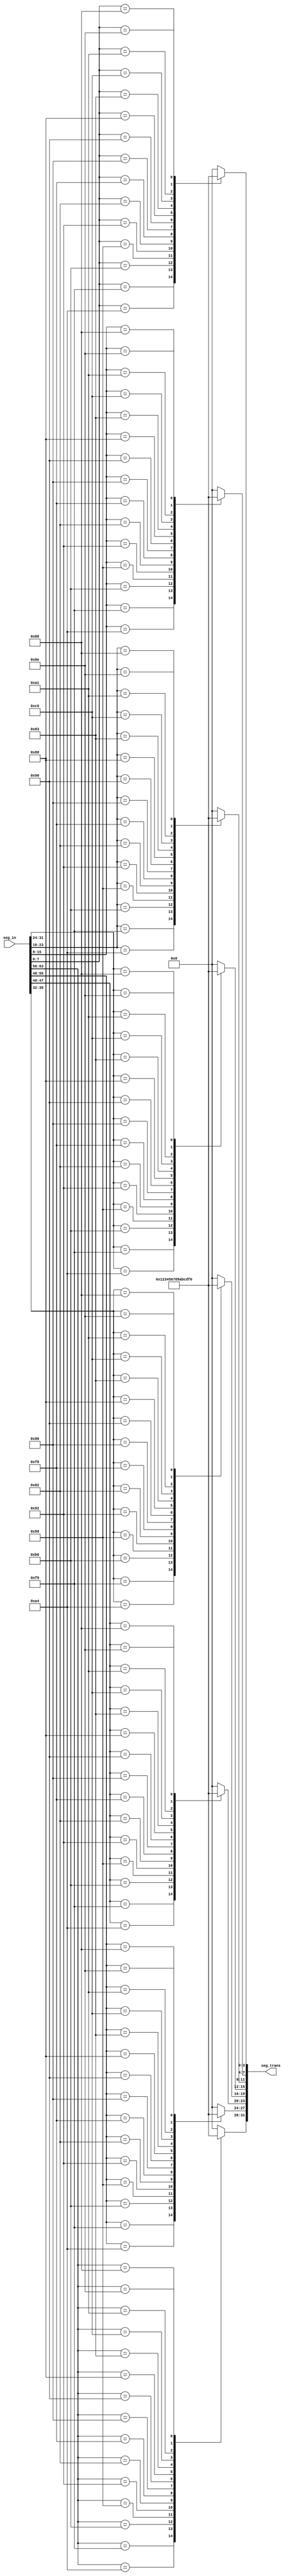
`timescale 1ns / 1ps

module segTrans(seg_in, seg_trans);
    input [63:0] seg_in;
    output [31:0] seg_trans;

    wire[7:0] seg_in1, seg_in2, seg_in3, seg_in4, seg_in5, seg_in6, seg_in7, seg_in8;
    reg[3:0] seg1 = 0, seg2 = 0, seg3 = 0, seg4 = 0, seg5 = 0, seg6 = 0, seg7 = 0, seg8 = 0;
    assign seg_in1 = seg_in[7:0];
    assign seg_in2 = seg_in[15:8];
    assign seg_in3 = seg_in[23:16];
    assign seg_in4 = seg_in[31:24];
    assign seg_in5 = seg_in[39:32];
    assign seg_in6 = seg_in[47:40];
    assign seg_in7 = seg_in[55:48];
    assign seg_in8 = seg_in[63:56];

    assign seg_trans = {seg8, seg7, seg6, seg5, seg4, seg3, seg2, seg1};
    always @* begin
        case(seg_in1)
            8'b11000000 : seg1 <= 4'b0000;   //  0
            8'b11111001 : seg1 <= 4'b0001;   //  1
            8'b10100100 : seg1 <= 4'b0010;   //  2
            8'b10110000 : seg1 <= 4'b0011;   //  3
            8'b10011001 : seg1 <= 4'b0100;   //  4
            8'b10010010 : seg1 <= 4'b0101;   //  5
            8'b10000010 : seg1 <= 4'b0110;   //  6
            8'b11111000 : seg1 <= 4'b0111;   //  7
            8'b10000000 : seg1 <= 4'b1000;   //  8
            8'b10010000 : seg1 <= 4'b1001;   //  9
            8'b10001000 : seg1 <= 4'b1010;   //  A
            8'b10000011 : seg1 <= 4'b1011;   //  b
            8'b11000110 : seg1 <= 4'b1100;   //  C
            8'b10100001 : seg1 <= 4'b1101;   //  d
            8'b10000110 : seg1 <= 4'b1110;   //  E
            8'b10001110 : seg1 <= 4'b1111;   //  F  
            default : seg1 <= 4'b0000;   //  0
        endcase
    end

    always @* begin
        case(seg_in2)
            8'b11000000 : seg2 <= 4'b0000;   //  0
            8'b11111001 : seg2 <= 4'b0001;   //  1
            8'b10100100 : seg2 <= 4'b0010;   //  2
            8'b10110000 : seg2 <= 4'b0011;   //  3
            8'b10011001 : seg2 <= 4'b0100;   //  4
            8'b10010010 : seg2 <= 4'b0101;   //  5
            8'b10000010 : seg2 <= 4'b0110;   //  6
            8'b11111000 : seg2 <= 4'b0111;   //  7
            8'b10000000 : seg2 <= 4'b1000;   //  8
            8'b10010000 : seg2 <= 4'b1001;   //  9
            8'b10001000 : seg2 <= 4'b1010;   //  A
            8'b10000011 : seg2 <= 4'b1011;   //  b
            8'b11000110 : seg2 <= 4'b1100;   //  C
            8'b10100001 : seg2 <= 4'b1101;   //  d
            8'b10000110 : seg2 <= 4'b1110;   //  E
            8'b10001110 : seg2 <= 4'b1111;   //  F  
            default : seg2 <= 4'b0000;
        endcase
    end
    always @* begin
        case(seg_in3)
            8'b11000000 : seg3 <= 4'b0000;   //  0
            8'b11111001 : seg3 <= 4'b0001;   //  1
            8'b10100100 : seg3 <= 4'b0010;   //  2
            8'b10110000 : seg3 <= 4'b0011;   //  3
            8'b10011001 : seg3 <= 4'b0100;   //  4
            8'b10010010 : seg3 <= 4'b0101;   //  5
            8'b10000010 : seg3 <= 4'b0110;   //  6
            8'b11111000 : seg3 <= 4'b0111;   //  7
            8'b10000000 : seg3 <= 4'b1000;   //  8
            8'b10010000 : seg3 <= 4'b1001;   //  9
            8'b10001000 : seg3 <= 4'b1010;   //  A
            8'b10000011 : seg3 <= 4'b1011;   //  b
            8'b11000110 : seg3 <= 4'b1100;   //  C
            8'b10100001 : seg3 <= 4'b1101;   //  d
            8'b10000110 : seg3 <= 4'b1110;   //  E
            8'b10001110 : seg3 <= 4'b1111;   //  F  
            default : seg3 <= 4'b0000;
        endcase
    end
    always @* begin
        case(seg_in4)
            8'b11000000 : seg4 <= 4'b0000;   //  0
            8'b11111001 : seg4 <= 4'b0001;   //  1
            8'b10100100 : seg4 <= 4'b0010;   //  2
            8'b10110000 : seg4 <= 4'b0011;   //  3
            8'b10011001 : seg4 <= 4'b0100;   //  4
            8'b10010010 : seg4 <= 4'b0101;   //  5
            8'b10000010 : seg4 <= 4'b0110;   //  6
            8'b11111000 : seg4 <= 4'b0111;   //  7
            8'b10000000 : seg4 <= 4'b1000;   //  8
            8'b10010000 : seg4 <= 4'b1001;   //  9
            8'b10001000 : seg4 <= 4'b1010;   //  A
            8'b10000011 : seg4 <= 4'b1011;   //  b
            8'b11000110 : seg4 <= 4'b1100;   //  C
            8'b10100001 : seg4 <= 4'b1101;   //  d
            8'b10000110 : seg4 <= 4'b1110;   //  E
            8'b10001110 : seg4 <= 4'b1111;   //  F  
            default : seg4 <= 4'b0000;
        endcase
    end
    always @* begin
        case(seg_in5)
            8'b11000000 : seg5 <= 4'b0000;   //  0
            8'b11111001 : seg5 <= 4'b0001;   //  1
            8'b10100100 : seg5 <= 4'b0010;   //  2
            8'b10110000 : seg5 <= 4'b0011;   //  3
            8'b10011001 : seg5 <= 4'b0100;   //  4
            8'b10010010 : seg5 <= 4'b0101;   //  5
            8'b10000010 : seg5 <= 4'b0110;   //  6
            8'b11111000 : seg5 <= 4'b0111;   //  7
            8'b10000000 : seg5 <= 4'b1000;   //  8
            8'b10010000 : seg5 <= 4'b1001;   //  9
            8'b10001000 : seg5 <= 4'b1010;   //  A
            8'b10000011 : seg5 <= 4'b1011;   //  b
            8'b11000110 : seg5 <= 4'b1100;   //  C
            8'b10100001 : seg5 <= 4'b1101;   //  d
            8'b10000110 : seg5 <= 4'b1110;   //  E
            8'b10001110 : seg5 <= 4'b1111;   //  F  
            default : seg5 <= 4'b0000;
        endcase
    end
    always @* begin
        case(seg_in6)
            8'b11000000 : seg6 <= 4'b0000;   //  0
            8'b11111001 : seg6 <= 4'b0001;   //  1
            8'b10100100 : seg6 <= 4'b0010;   //  2
            8'b10110000 : seg6 <= 4'b0011;   //  3
            8'b10011001 : seg6 <= 4'b0100;   //  4
            8'b10010010 : seg6 <= 4'b0101;   //  5
            8'b10000010 : seg6 <= 4'b0110;   //  6
            8'b11111000 : seg6 <= 4'b0111;   //  7
            8'b10000000 : seg6 <= 4'b1000;   //  8
            8'b10010000 : seg6 <= 4'b1001;   //  9
            8'b10001000 : seg6 <= 4'b1010;   //  A
            8'b10000011 : seg6 <= 4'b1011;   //  b
            8'b11000110 : seg6 <= 4'b1100;   //  C
            8'b10100001 : seg6 <= 4'b1101;   //  d
            8'b10000110 : seg6 <= 4'b1110;   //  E
            8'b10001110 : seg6 <= 4'b1111;   //  F  
            default : seg6 <= 4'b0000;
        endcase
    end
    always @* begin
        case(seg_in7)
            8'b11000000 : seg7 <= 4'b0000;   //  0
            8'b11111001 : seg7 <= 4'b0001;   //  1
            8'b10100100 : seg7 <= 4'b0010;   //  2
            8'b10110000 : seg7 <= 4'b0011;   //  3
            8'b10011001 : seg7 <= 4'b0100;   //  4
            8'b10010010 : seg7 <= 4'b0101;   //  5
            8'b10000010 : seg7 <= 4'b0110;   //  6
            8'b11111000 : seg7 <= 4'b0111;   //  7
            8'b10000000 : seg7 <= 4'b1000;   //  8
            8'b10010000 : seg7 <= 4'b1001;   //  9
            8'b10001000 : seg7 <= 4'b1010;   //  A
            8'b10000011 : seg7 <= 4'b1011;   //  b
            8'b11000110 : seg7 <= 4'b1100;   //  C
            8'b10100001 : seg7 <= 4'b1101;   //  d
            8'b10000110 : seg7 <= 4'b1110;   //  E
            8'b10001110 : seg7 <= 4'b1111;   //  F  
            default : seg7 <= 4'b0000;
        endcase
    end
    always @* begin
        case(seg_in8)
            8'b11000000 : seg8 <= 4'b0000;   //  0
            8'b11111001 : seg8 <= 4'b0001;   //  1
            8'b10100100 : seg8 <= 4'b0010;   //  2
            8'b10110000 : seg8 <= 4'b0011;   //  3
            8'b10011001 : seg8 <= 4'b0100;   //  4
            8'b10010010 : seg8 <= 4'b0101;   //  5
            8'b10000010 : seg8 <= 4'b0110;   //  6
            8'b11111000 : seg8 <= 4'b0111;   //  7
            8'b10000000 : seg8 <= 4'b1000;   //  8
            8'b10010000 : seg8 <= 4'b1001;   //  9
            8'b10001000 : seg8 <= 4'b1010;   //  A
            8'b10000011 : seg8 <= 4'b1011;   //  b
            8'b11000110 : seg8 <= 4'b1100;   //  C
            8'b10100001 : seg8 <= 4'b1101;   //  d
            8'b10000110 : seg8 <= 4'b1110;   //  E
            8'b10001110 : seg8 <= 4'b1111;   //  F  
            default : seg8 <= 4'b0000;
        endcase
    end
endmodule